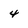
Character: 4